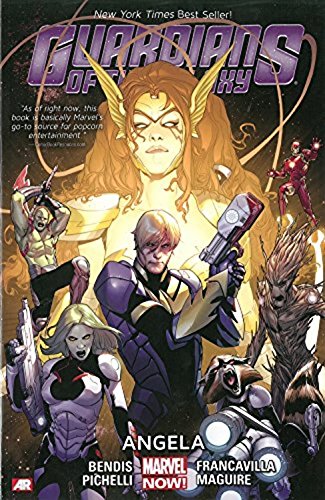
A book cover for Guardians of the Galaxy Volume 2: Angela (Marvel Now); Brian Michael Bendis; Children's Books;